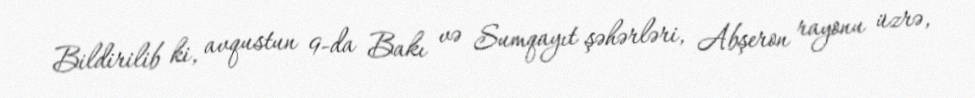
Bildirilib ki, avqustun 9-da Bakı və Sumqayıt şəhərləri, Abşeron rayonu üzrə,